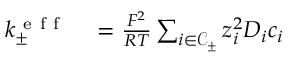
\begin{array} { r l } { k _ { \pm } ^ { \mathrm { ~ e ~ f ~ f ~ } } } & { { } = \frac { F ^ { 2 } } { R T } \sum _ { i \in \mathcal { C } _ { \pm } } { z _ { i } ^ { 2 } D _ { i } c _ { i } } } \end{array}